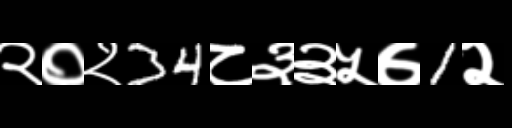
Text: २०२34८३३५७1२